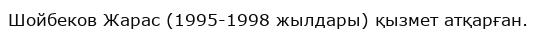
Шойбеков Жарас (1995-1998 жылдары) қызмет атқарған.